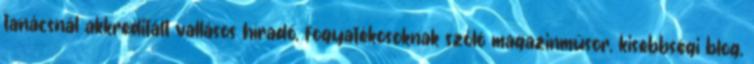
tanácsnál akkreditált vallásos híradó, fogyatékosoknak szóló magazinműsor, kisebbségi blog,